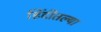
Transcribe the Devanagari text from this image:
हिंदीतल्या